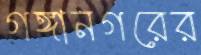
গঙ্গানগরের